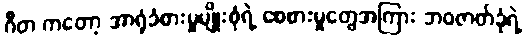
ဂီတ ကတော့ အာရုံခံစားမှုမျိုးစုံရဲ့ စေစားမှုတွေအကြား ဘဝဇာတ်ခုံရဲ့